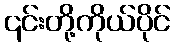
၎င်းတို့ကိုယ်ပိုင်